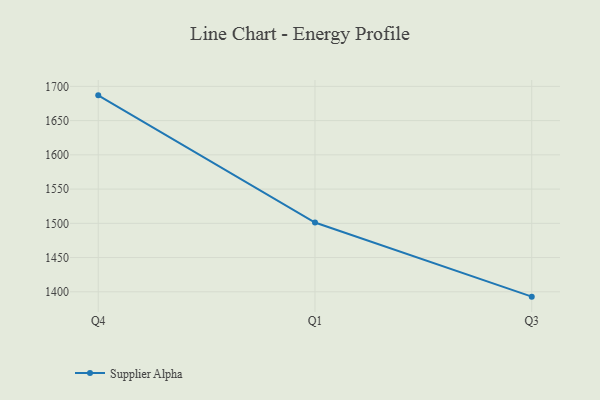
{"axis": {"x": "Quarter", "y": "Customer Acquisition Cost (USD)"}, "legend": ["Supplier Alpha"], "data": [{"x": "Q4", "y": 1686.9, "type": "Supplier Alpha"}, {"x": "Q1", "y": 1501.1, "type": "Supplier Alpha"}, {"x": "Q3", "y": 1392.9, "type": "Supplier Alpha"}]}